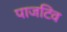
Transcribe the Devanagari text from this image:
पाजटिव